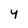
Character: y